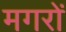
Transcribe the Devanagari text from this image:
मगरों